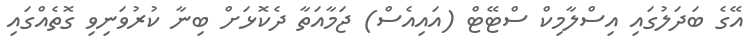
އޭގެ ބަދަލުގައި އިސްލާމިކް ސްޓޭޓް (އައިއެސް) ޖަމާއަތާ ދެކޮޅަށް ބިނާ ކުރުވަނިވި ގޮތެއްގައި